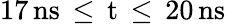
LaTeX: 17\, \mathrm{{ns}\, \leq\, t\, \leq\, 20\, \mathrm{{ns}}}